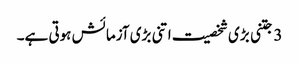
3 جتنی بڑی شخصیت اتنی بڑی آزمائش ہوتی ہے۔